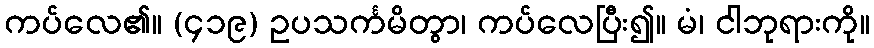
ကပ်လေ၏။ (၄၁၉) ဥပသင်္ကမိတွာ၊ ကပ်လေပြီး၍။ မံ၊ ငါဘုရားကို။